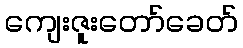
ကျေးဇူးတော်ခေတ်